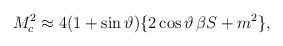
LaTeX: \begin{align*}M_c^2 \approx 4(1+\sin\vartheta)\{2\cos\vartheta\,\beta S + m^2\},\end{align*}